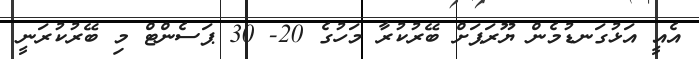
އެއީ އަޅުގަނޑުމެން ޔޫރަޕަށް ބޭރުކުރާ މަހުގެ 20- 30 ޕަސެންޓް މި ބޭރުކުރަނީ